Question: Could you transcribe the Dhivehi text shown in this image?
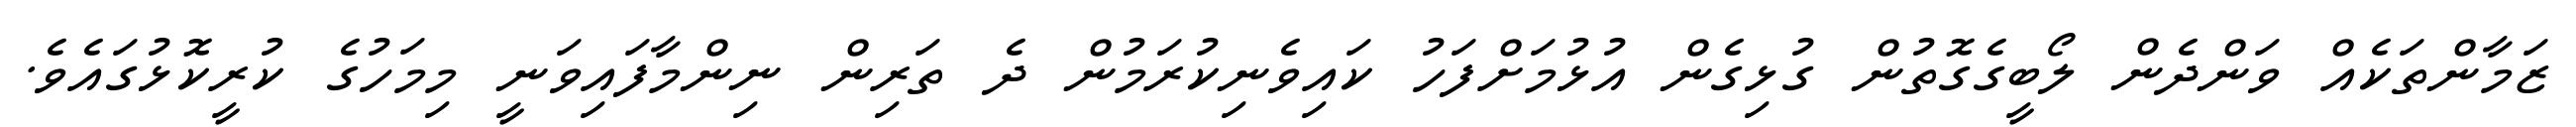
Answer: ޒަމާންތަކެއް ވަންދެން ލޯބީގެގޮތުން ގުޅިގެން އުޅުމަށްފަހު ކައިވެނިކުރަމުން ދެ ތަރިން ނިންމާފައިވަނީ މިމަހުގެ ކުރީކޮޅުގައެވެ.